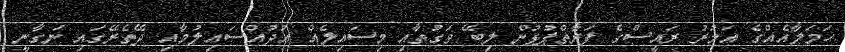
ހަމަލާއެއްގެ އަމުރު ރައީސްގެ ފަރާތްޕުޅުން ލިބޭ ވަގުތާއި މިސައިލެއް އުދުއްސައިލުމާއި ދޭތެރޭގައި ނަގާނީ